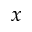
x